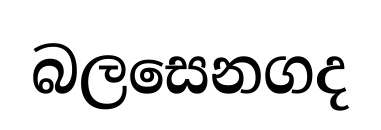
බලසෙනගද